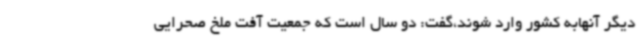
دیگر آنهابه کشور وارد شوند،گفت: دو سال است که جمعیت آفت ملخ صحرایی